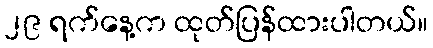
၂၉ ရက်နေ့က ထုတ်ပြန်ထားပါတယ်။